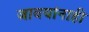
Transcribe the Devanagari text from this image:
जावयांनाही